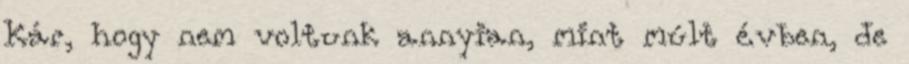
Kár, hogy nem voltunk annyian, mint múlt évben, de